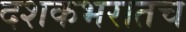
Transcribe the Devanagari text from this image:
दशकभरातच